Civil Veterinary Department. Madras. Admin. report 1926-33 - 1926-1933
Year: 1926
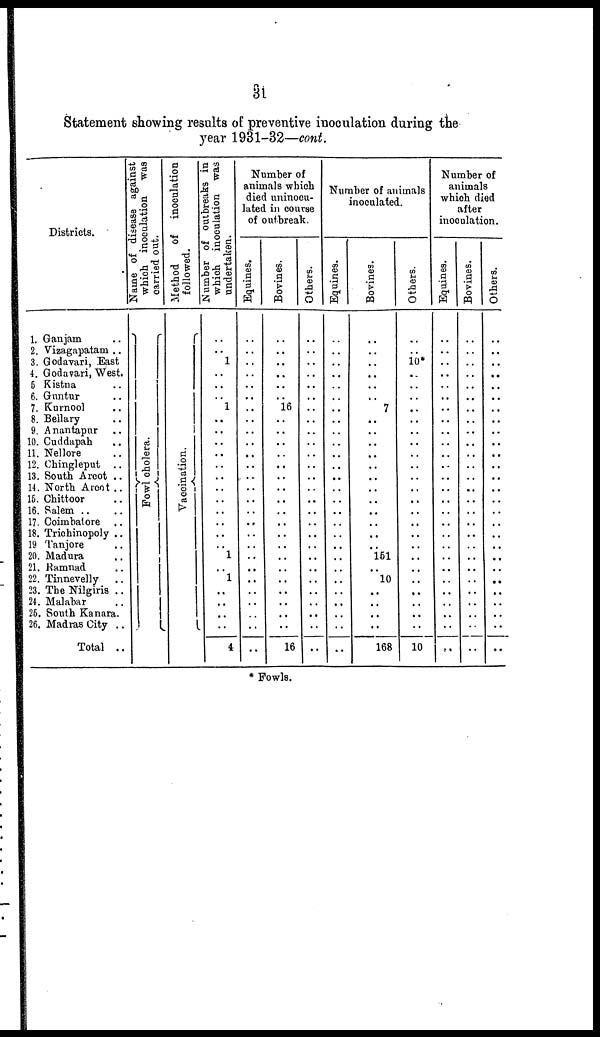
31
Statement showing results of preventive inoculation during the
year 1931-32—cont.
Districts.
1. Ganjam ..
2. Vizagapatam ..
3, Godavari, East
i. Godavari, West.
5 Kistna ..
6. Guntur ..
7. Kurnool ..
8. Bellary ..
9. Anantapur ..
10. Cuddapah ..
11. Nellore ..
12. Chingleput
..
13. South Arcot ..
14. North Arcot ..
15. Chittoor ..
16. Salem ..
17. Coimbalore ..
18. Trichinopoly ..
19 Tanjore ..
20. Madura ..
21. Ramnad ..
22. Tinnevelly
..
23. The Nilgiris ..
24. Malabar ..
25. South Kanara.
26. Madras City ..
Total ..
Name of disease against
which inoculation was
carried out.
Fowl cholera.
Method
of inoculation
followed.
Vaccination.
Number of outbreaks in
which inoculation was
undertaken.
..
..
1
..
..
..
1
..
..
..
..
..
..
..
..
..
..
..
..
1
..
1
..
..
..
..
4
Number of
animals which
died uninocu-
lated in course
of outbreak.
Equines.
..
..
..
..
..
..
..
..
..
..
..
..
..
..
..
..
..
..
..
..
..
..
..
..
..
..
..
Bovines.
..
..
..
..
..
..
16
..
..
..
..
..
..
..
..
..
..
..
..
..
..
..
..
..
..
..
16
Others.
..
..
..
..
..
..
..
..
..
..
..
..
..
..
..
..
..
..
..
..
..
..
..
..
..
..
..
Number of animals
inoculated.
Equines.
..
..
..
..
..
..
..
..
..
..
..
..
..
..
..
..
..
..
..
..
..
..
..
..
..
..
..
Bovines.
..
..
..
..
..
..
7
..
..
..
..
..
..
..
..
..
..
..
..
151
..
10
..
..
..
..
168
Others.
..
..
10*
..
..
..
..
..
..
..
..
..
..
..
..
..
..
..
..
..
..
..
..
..
..
..
10
Number of
animals
which died
after
inoculation.
Equines.
..
..
..
..
..
..
..
..
..
..
..
..
..
..
..
..
..
..
..
..
..
..
..
..
..
..
..
Bovines.
..
..
..
..
..
..
..
..
..
..
..
..
..
..
..
..
..
..
..
..
..
..
..
..
..
..
..
Others.
..
..
..
..
..
..
..
..
..
..
..
..
..
..
..
..
..
..
..
..
..
..
..
..
..
..
..
* Fowls.